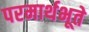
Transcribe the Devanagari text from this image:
परमार्थभूते